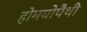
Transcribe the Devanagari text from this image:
होमयोपैथी